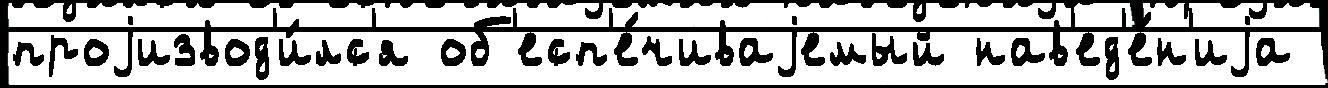
проjизвод'и́лс'я об'есп'е́чиваjемый нав'ед'е́н'иjа